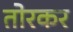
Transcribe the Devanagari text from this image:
तोरकर